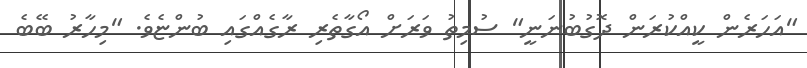
"އަހަރެން ކީއްކުރަން ދޮގުބުނަނީ" ސުމިތު ވަރަށް އޯގާތެރި ރާގެއްގައި ބުންޏެވެ. "މިހާރު ބޭބެ